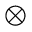
\otimes